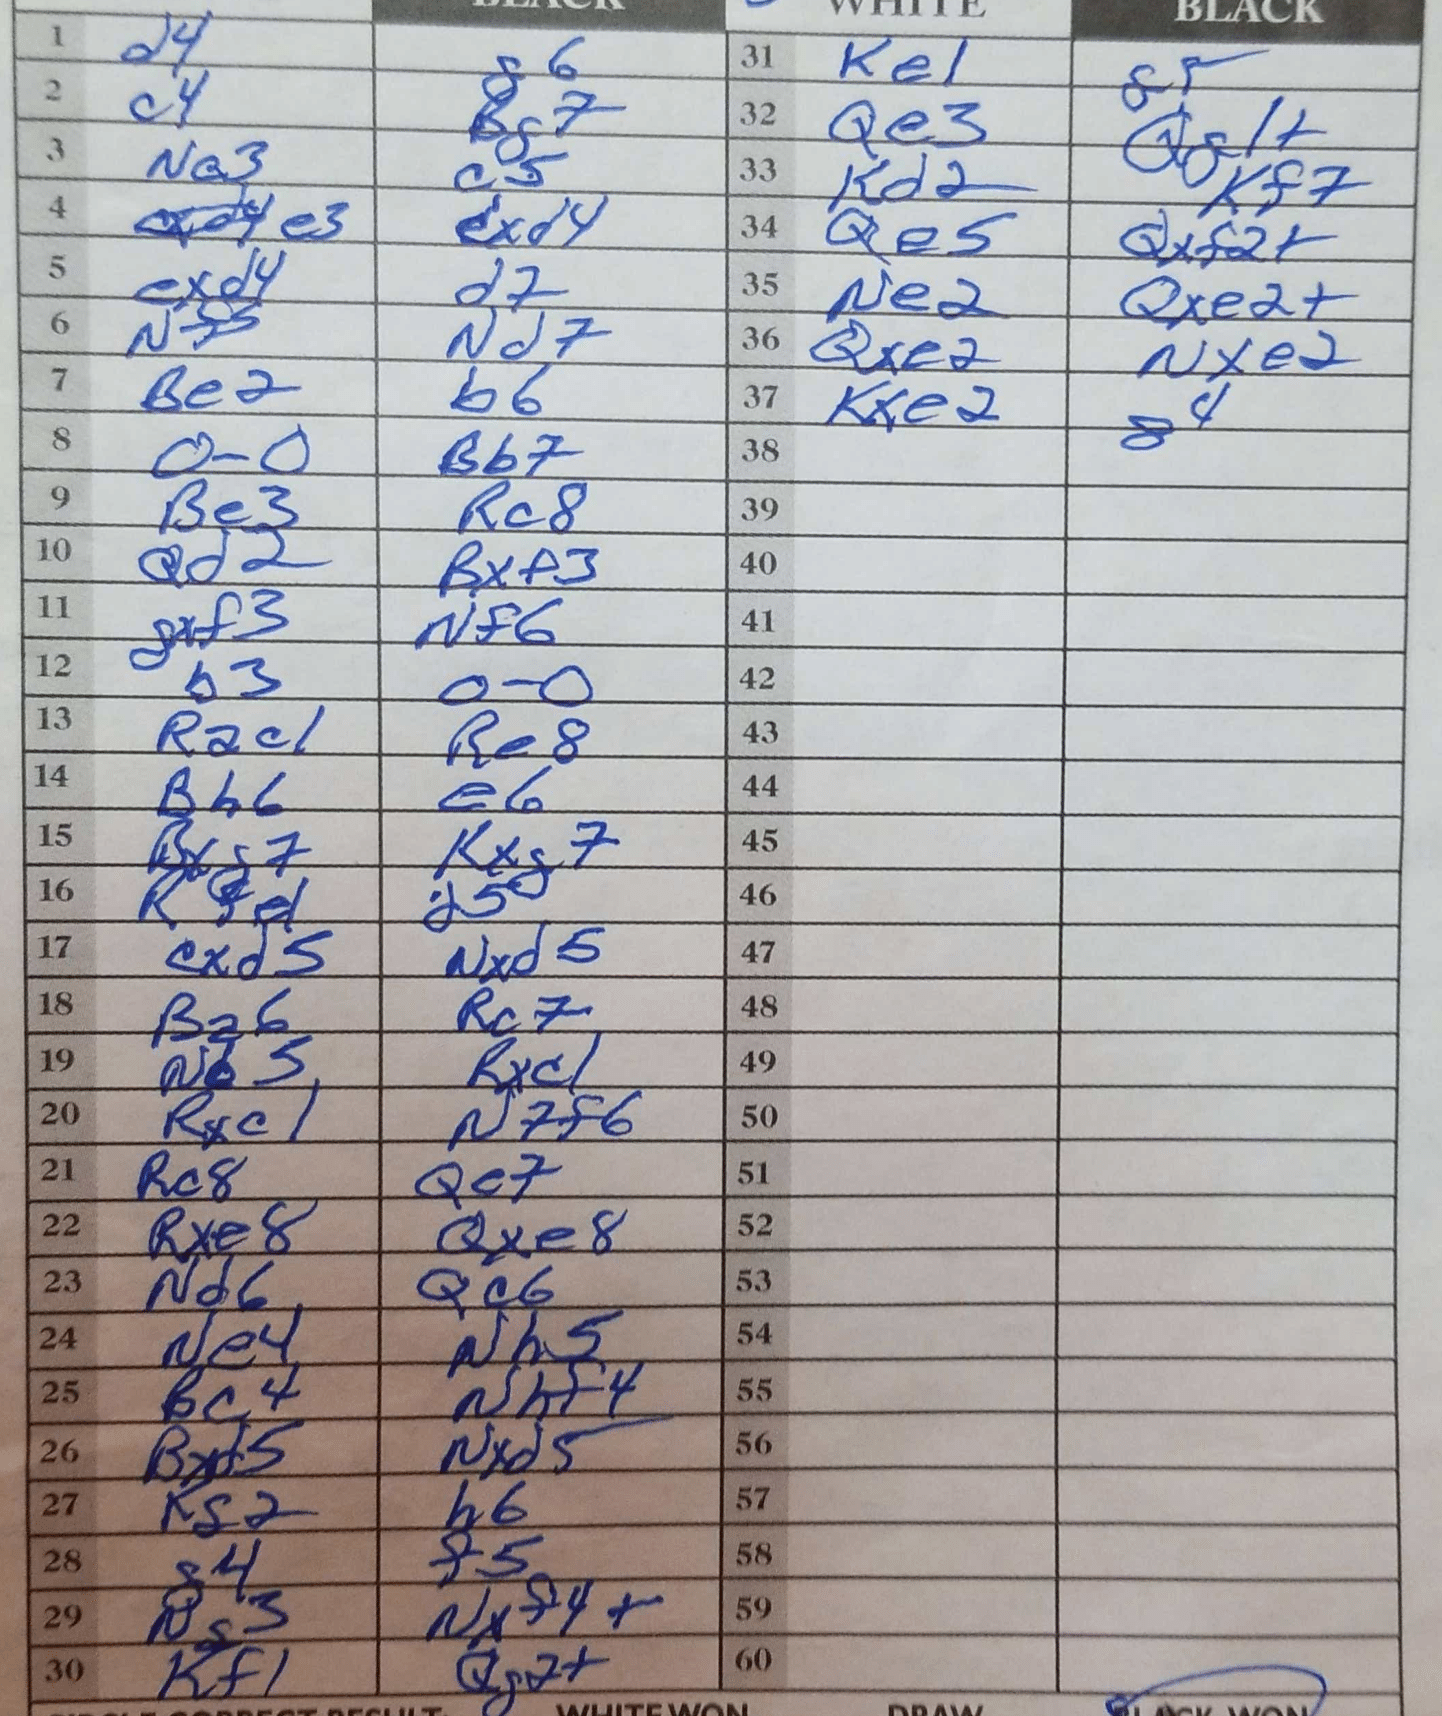
Moves: d4 g6 c4 Bg7 Na3 c5 e3 exd4 exd4 d7 Nf5 Nd7 Be2 b6 O-O Bb7 Be3 Rc8 Qd2 Bxf3 gxf3 Nf6 b3 O-O Rac1 Re8 Bh6 e6 Bxg7 Kxg7 Rfe1 d5 cxd5 Nxd5 Ba6 Rc7 Nd5 Rxc1 Rxc1 N7f6 Rc8 Qe7 Rxe8 Qxe8 Nd6 Qc6 Ne4 Nh5 Bc4 Nhf4 Bxf5 Nxd5 Kg2 h6 g4 f5 Ng3 Nxf4 Kf1 Qg2+ Ke1 g5 Qe3 Qg1+ Kd2 Kf7 Qe5 Qxf2+ Ne2 Qxe2+ Qxe2 Nxe2 Kxe2 g4